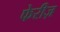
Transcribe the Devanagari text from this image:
फेरीज़